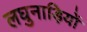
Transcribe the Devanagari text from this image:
लघुनाड़ियों